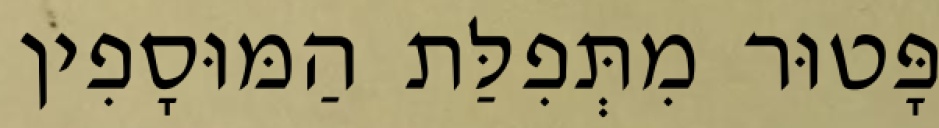
פָּטוּר מִתְּפִלַּת הַמּוּסָפִין